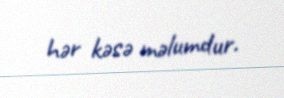
hər kəsə məlumdur.